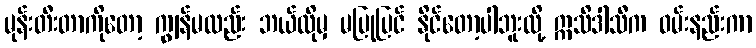
မုန်းတီးတာကိုတော့ ကျွန်မလည်း ဘယ်လိုမှ မပြုပြင် နိုင်တော့ပါဘူးလို့ ဣသိဒါသီက ဝမ်းနည်းကာ